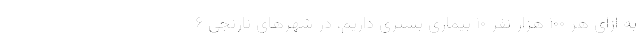
به ازای هر ۱۰۰ هزار نفر ۱۰ بیماری بستری داریم، در شهرهای نارنجی ۶